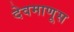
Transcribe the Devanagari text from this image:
देवमाणूस